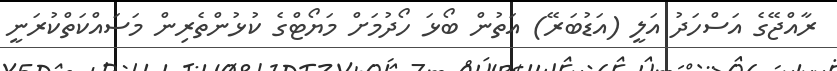
ރާއްޖޭގެ އަސްހަދު އަލީ (އަޑުބަރޭ) އަތުން ބޯޅަ ހޯދުމަށް މަޔޯޓްގެ ކުޅުންތެރިން މަސައްކަތްކުރަނީ